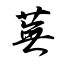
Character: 蕪